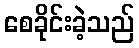
စေခိုင်းခဲ့သည်